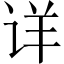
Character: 详